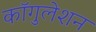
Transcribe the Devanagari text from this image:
कॉगुलेशन